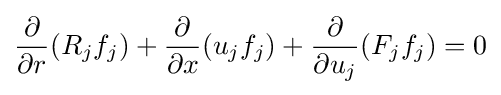
{\frac {\partial }{\partial r}}(R_{j}f_{j})+{\frac {\partial }{\partial x}}(u_{j}f_{j})+{\frac {\partial }{\partial u_{j}}}(F_{j}f_{j})=0